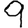
Digit: 9